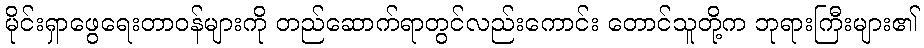
မိုင်းရှာဖွေရေးတာဝန်များကို တည်ဆောက်ရာတွင်လည်းကောင်း တောင်သူတို့က ဘုရားကြီးများ၏